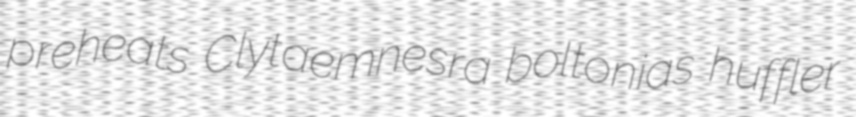
preheats Clytaemnesra boltonias huffler